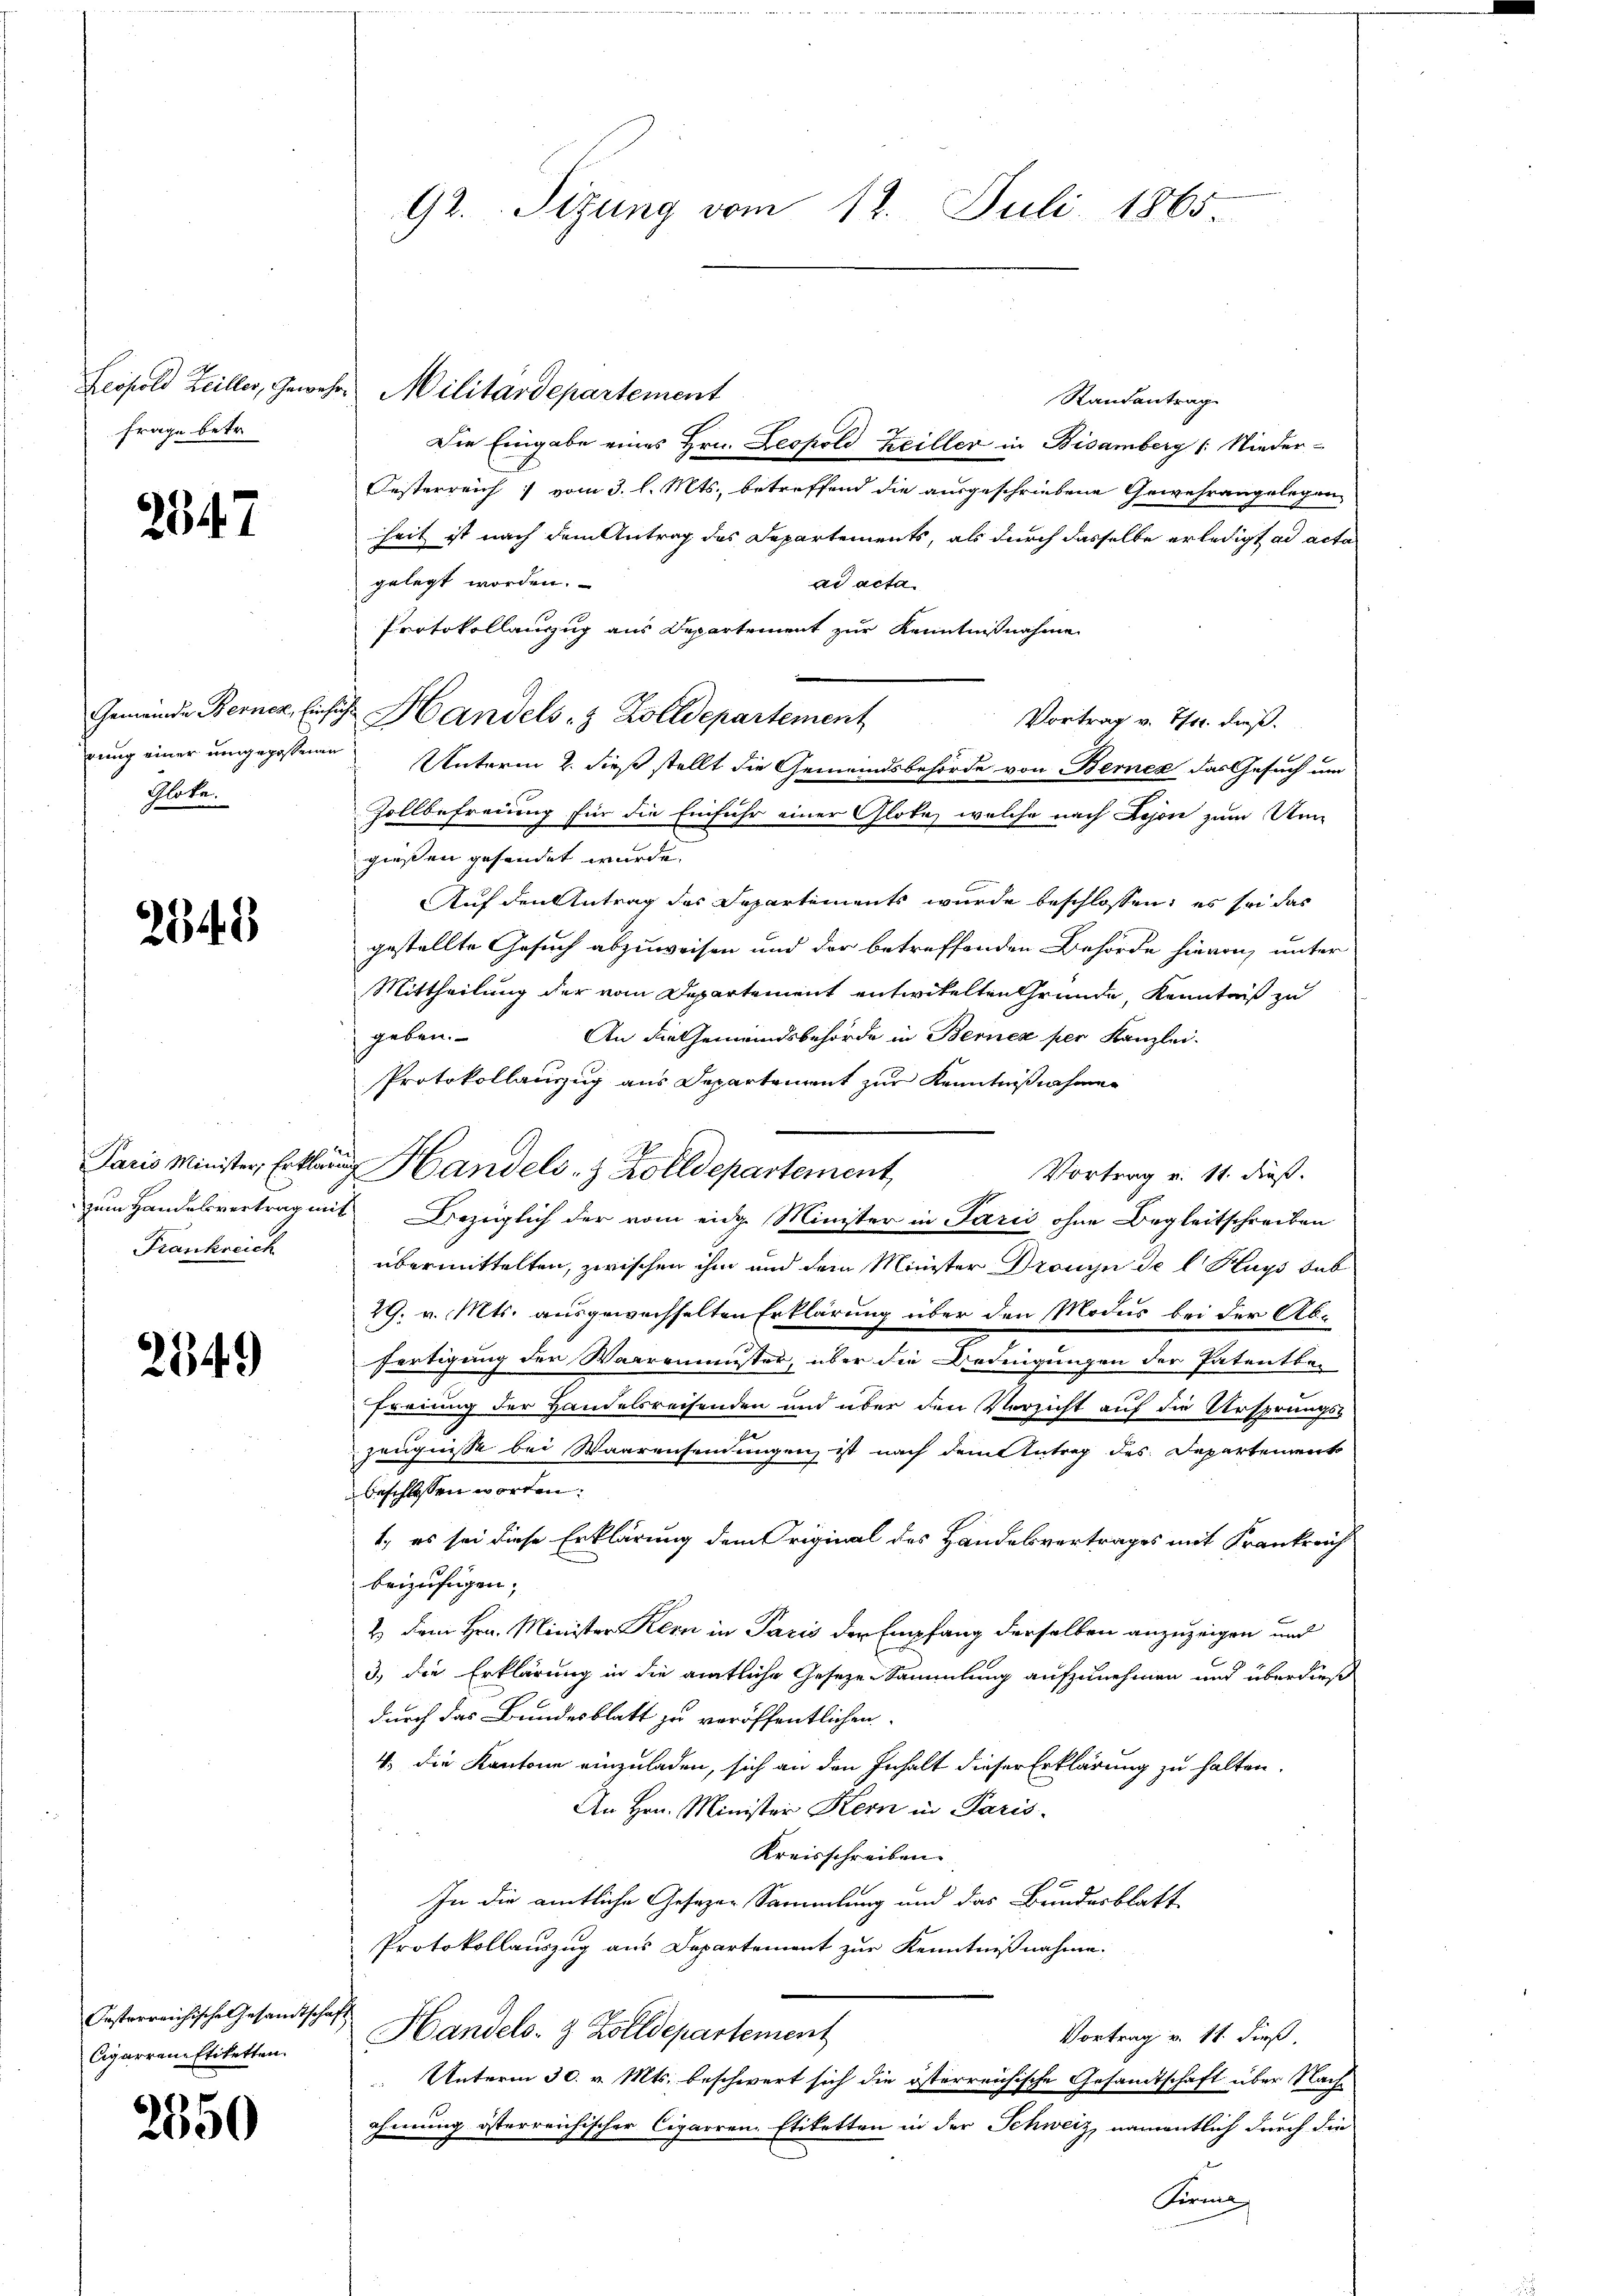
Leopold Heiller, Gewer
frage betr

2347

Gemeinde Berner, Einhe
rung einer umgegossenen
Glota.

2548

Frankreich

2349

Irsterreichische Gesandtschaf
Cigarren Etiketten.

2550

92. Sizung vom 12. Juli 1865

ich Handels- & Zolldepartement

k. Militärdepartement
Randantrag
Die Eingabe eines Hrn. Leopold Heiller in Bisamberg (: Nieder-
Festerreich vom 3. l. Mts., betreffend die ausgeschriebene Gewehrangelegen
heit ist nach dem Antrag des Departements, als durch dasselbe erledigt ad acta
gelegt worden.
ad acta
Protokollanzug aus Departement zur Kenntnißnahme
Vortrag v. Thor dieß.
Unterm 2. dieß stellt die Gemeindsbehörde von Berner das Gesuch um
Zollbefreiung für die Einfuhr einer Glote, welche nach Kejon zum Um-
gießen gesendet wurde.
Auf den Antrag des Departements wurde beschlossen: es sei das
gestellte Gesuch abzuweisen und der betreffenden Behörde hievon, unter
Mittheilung der vom Departement entwitelten Gründe, Kenntniß zu
geben.
An die Gemeindsbehörde in Berner per Kanzlei.
Protokollanzug aus Departement zur Kenntnißnahmen
Paris Minister, Erklärung Handels- & Zolldepartement,
Vortrag v. 11. dieß.
zum Handelsvertrag mit Bezüglich der vom eidg. Minister in Paris ohne Begleitschreiben
übermittelten, zwischen ihm und dem Minister Dronyn de l. Hays dab
29. v. Mts. ausgewechselten Erklärung über den Modus bei der Abfertigung der Waarrmünster, über die Bedingungen der Patentbe
freiung der Handelsreisenden und über den Verzicht auf die Ursprungs-
Zeugnisse bei Waarensendungen ist nach dem Antrag des Departement
beschlossen worden.
1., es sei diese Erklärung dem Original des Handelsvertrages mit Frankreich
beizufügen;
2.) Dem Hrn. Minister Kern in Paris der Empfang derselben anzuzeigen und
3.) Die Erklärung in die amtliche Geseze-Sammlung aufzunehmen und überdieß
durch das Bundesblatt zu veröffentlichen
4. die Kantone einzuladen, sich an den Inhalt dieser Erklärung zu halten.
An Hrn. Minister Kern in Paris
Kreisschreiben.
In die amtliche Gesezer Sammlung und das Bundesblatt
Protokollauszug aus Departement zur Kenntnißnahme.
Handels- & Zolldepartement
Vortrag v. 11. dieß,
 Unterm 30. v. Mts. beschwert sich die österreichische Gesamtschaft über Nachehmung österreichischer Cigarren-Etiketten in der Schweiz, namentlich durch die